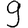
Digit: 9